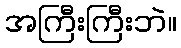
အကြီးကြီးဘဲ။